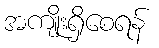
အကျိုးရှိစေရန်